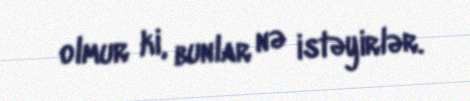
olmur ki, bunlar nə istəyirlər.